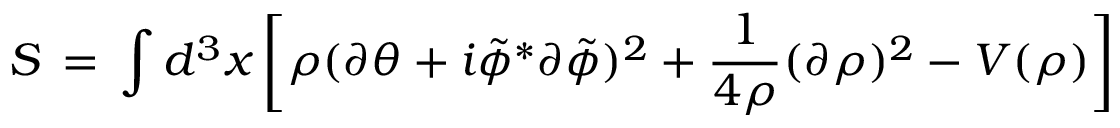
S \, = \, \int d ^ { 3 } x \left[ \rho ( \partial \theta + i { \tilde { \phi } } ^ { * } \partial { \tilde { \phi } } ) ^ { 2 } + \frac { 1 } { 4 \rho } ( \partial \rho ) ^ { 2 } - V ( \rho ) \right]